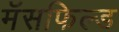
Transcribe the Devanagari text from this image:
मॅसफिल्ड